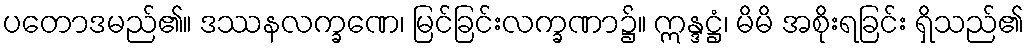
ပတောဒမည်၏။ ဒဿနလက္ခဏေ၊ မြင်ခြင်းလက္ခဏာ၌။ ဣန္ဒဋ္ဌံ၊ မိမိ အစိုးရခြင်း ရှိသည်၏